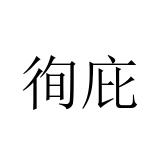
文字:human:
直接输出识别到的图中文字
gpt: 徇庇